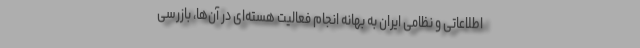
اطلاعاتی و نظامی ایران به بهانه انجام فعالیت هسته‌ای در آن‌ها، بازرسی